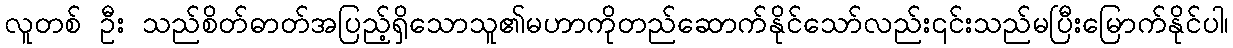
လူတစ် ဦး သည်စိတ်ဓာတ်အပြည့်ရှိသောသူ၏မဟာကိုတည်ဆောက်နိုင်သော်လည်း၎င်းသည်မပြီးမြောက်နိုင်ပါ၊